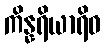
ကိန္နရိယာရိဝ